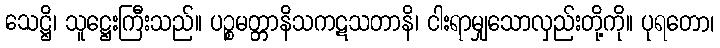
သေဋ္ဌိ၊ သူဋ္ဌေးကြီးသည်။ ပဉ္စမတ္တာနိသကဋသတာနိ၊ ငါးရာမျှသောလှည်းတို့ကို။ ပုရတော၊